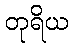
တုရိယ